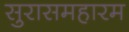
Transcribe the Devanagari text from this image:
सुरासमहारम